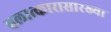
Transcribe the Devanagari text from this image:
बलात्कारासारख्या